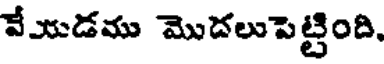
వేయడము మొదలుపెట్టింది,